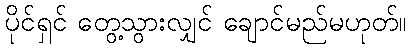
ပိုင်ရှင် တွေ့သွားလျှင် ချောင်မည်မဟုတ်။